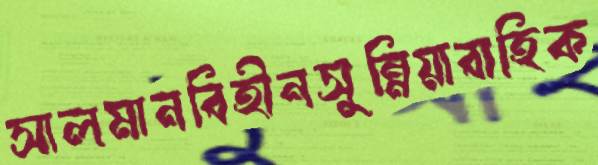
সালমানবিহীনসুন্নিয়াবাহিক